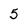
Character: 5